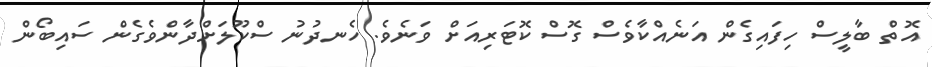
އޮތް ބާލީސް ހިފައިގެން އަނެއްކާވެސް ގޮސް ކޮޓަރިއަށް ވަނެވެ. ހެނދުނު ސްކޫލަށްދާންވެގެން ސައިބޯން